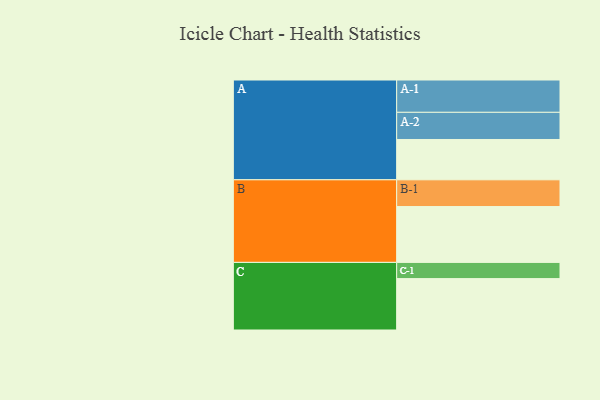
{"axis": {"x": "Segment", "y": "Value"}, "legend": ["", "A", "B", "C"], "data": [{"x": "A", "y": 368, "type": ""}, {"x": "B", "y": 510, "type": ""}, {"x": "C", "y": 469, "type": ""}, {"x": "A-1", "y": 295, "type": "A"}, {"x": "A-2", "y": 248, "type": "A"}, {"x": "B-1", "y": 244, "type": "B"}, {"x": "C-1", "y": 148, "type": "C"}]}